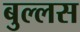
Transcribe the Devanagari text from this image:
बुल्लस